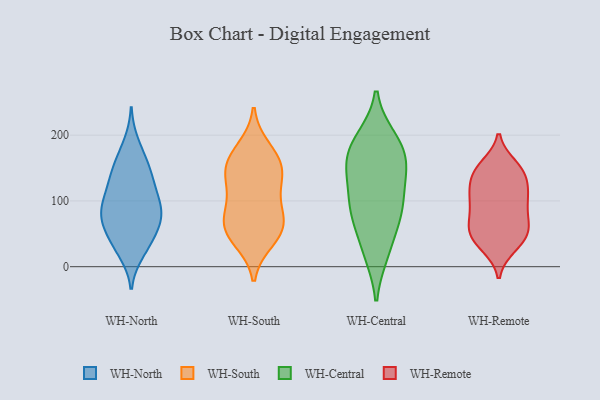
{"axis": {"x": "Budget (USD K)", "y": "Value"}, "legend": ["WH-Central", "WH-North", "WH-Remote", "WH-South"], "data": [{"x": "", "y": 72, "type": "WH-North"}, {"x": "", "y": 85, "type": "WH-North"}, {"x": "", "y": 89, "type": "WH-North"}, {"x": "", "y": 163, "type": "WH-North"}, {"x": "", "y": 86, "type": "WH-North"}, {"x": "", "y": 64, "type": "WH-North"}, {"x": "", "y": 156, "type": "WH-North"}, {"x": "", "y": 129, "type": "WH-North"}, {"x": "", "y": 22, "type": "WH-North"}, {"x": "", "y": 64, "type": "WH-North"}, {"x": "", "y": 131, "type": "WH-North"}, {"x": "", "y": 30, "type": "WH-North"}, {"x": "", "y": 84, "type": "WH-North"}, {"x": "", "y": 142, "type": "WH-North"}, {"x": "", "y": 114, "type": "WH-North"}, {"x": "", "y": 35, "type": "WH-North"}, {"x": "", "y": 103, "type": "WH-North"}, {"x": "", "y": 187, "type": "WH-North"}, {"x": "", "y": 49, "type": "WH-North"}, {"x": "", "y": 59, "type": "WH-South"}, {"x": "", "y": 93, "type": "WH-South"}, {"x": "", "y": 118, "type": "WH-South"}, {"x": "", "y": 179, "type": "WH-South"}, {"x": "", "y": 133, "type": "WH-South"}, {"x": "", "y": 41, "type": "WH-South"}, {"x": "", "y": 154, "type": "WH-South"}, {"x": "", "y": 53, "type": "WH-South"}, {"x": "", "y": 151, "type": "WH-South"}, {"x": "", "y": 62, "type": "WH-South"}, {"x": "", "y": 160, "type": "WH-South"}, {"x": "", "y": 74, "type": "WH-South"}, {"x": "", "y": 157, "type": "WH-Central"}, {"x": "", "y": 83, "type": "WH-Central"}, {"x": "", "y": 161, "type": "WH-Central"}, {"x": "", "y": 187, "type": "WH-Central"}, {"x": "", "y": 72, "type": "WH-Central"}, {"x": "", "y": 90, "type": "WH-Central"}, {"x": "", "y": 83, "type": "WH-Central"}, {"x": "", "y": 139, "type": "WH-Central"}, {"x": "", "y": 149, "type": "WH-Central"}, {"x": "", "y": 21, "type": "WH-Central"}, {"x": "", "y": 187, "type": "WH-Central"}, {"x": "", "y": 115, "type": "WH-Central"}, {"x": "", "y": 24, "type": "WH-Central"}, {"x": "", "y": 194, "type": "WH-Central"}, {"x": "", "y": 121, "type": "WH-Remote"}, {"x": "", "y": 68, "type": "WH-Remote"}, {"x": "", "y": 66, "type": "WH-Remote"}, {"x": "", "y": 87, "type": "WH-Remote"}, {"x": "", "y": 153, "type": "WH-Remote"}, {"x": "", "y": 52, "type": "WH-Remote"}, {"x": "", "y": 143, "type": "WH-Remote"}, {"x": "", "y": 147, "type": "WH-Remote"}, {"x": "", "y": 47, "type": "WH-Remote"}, {"x": "", "y": 145, "type": "WH-Remote"}, {"x": "", "y": 108, "type": "WH-Remote"}, {"x": "", "y": 144, "type": "WH-Remote"}, {"x": "", "y": 104, "type": "WH-Remote"}, {"x": "", "y": 81, "type": "WH-Remote"}, {"x": "", "y": 50, "type": "WH-Remote"}, {"x": "", "y": 112, "type": "WH-Remote"}, {"x": "", "y": 49, "type": "WH-Remote"}, {"x": "", "y": 31, "type": "WH-Remote"}, {"x": "", "y": 107, "type": "WH-Remote"}, {"x": "", "y": 32, "type": "WH-Remote"}]}